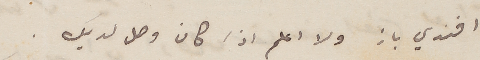
افندي باز ولا اعلم اذا كان وصل لديك.